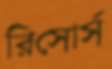
রিসোর্স